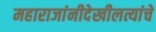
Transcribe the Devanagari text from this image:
महाराजांनीदेखीलत्यांचे